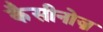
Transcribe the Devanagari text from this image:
कैसीनोज़